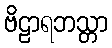
ဗိဠာရဘသ္တာ